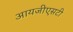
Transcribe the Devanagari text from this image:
आयजीएसटी